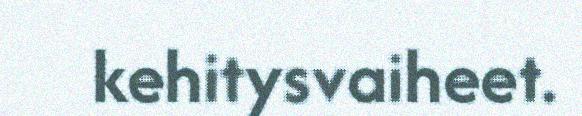
kehitysvaiheet.